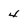
Character: 4